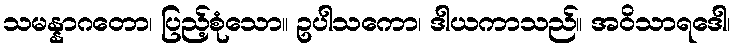
သမန္နာဂတော၊ ပြည့်စုံသော။ ဥပါသကော၊ ဒါယကာသည်။ အဝိသာရဒေါ၊